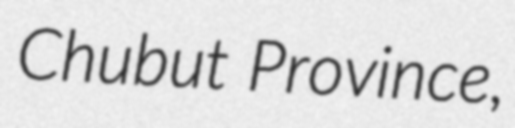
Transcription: Chubut Province,